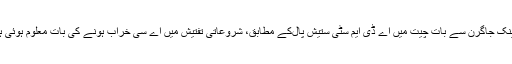
‘ دینک جاگرن سے بات چیت میں اے ڈی ایم سٹی ستیش پال‌کے مطابق، شروعاتی تفتیش میں اے سی خراب ہونے کی بات معلوم ہوئی ہے۔